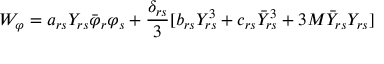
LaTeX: W _ { \varphi } = a _ { r s } Y _ { r s } \bar { \varphi } _ { r } \varphi _ { s } + \frac { \delta _ { r s } } { 3 } [ b _ { r s } Y _ { r s } ^ { 3 } + c _ { r s } \bar { Y } _ { r s } ^ { 3 } + 3 M \bar { Y } _ { r s } Y _ { r s } ]